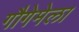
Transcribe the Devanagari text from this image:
गौगेमेला